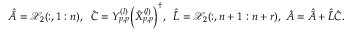
\begin{array} { r } { \hat { \bar { A } } = \mathcal { X } _ { 2 } ( : , 1 : n ) , \; \; \hat { C } = Y _ { p , p } ^ { ( l ) } \Big ( \hat { X } _ { p , p } ^ { ( l ) } \Big ) ^ { \dagger } , \; \; \hat { \tilde { L } } = \mathcal { X } _ { 2 } ( : , n + 1 : n + r ) , \; \hat { A } = \hat { \bar { A } } + \hat { \tilde { L } } \hat { C } . } \end{array}